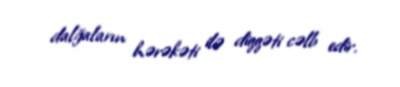
dalğaların hərəkəti ilə diqqəti cəlb edir.